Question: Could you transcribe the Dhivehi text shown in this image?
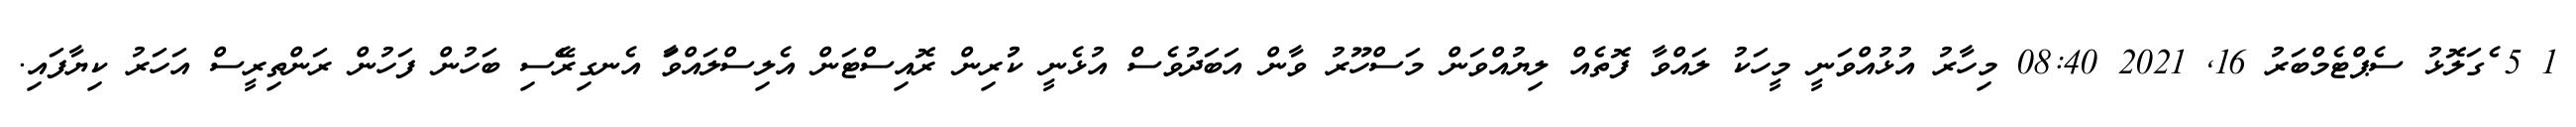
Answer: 1 5 ެގަލޮޅު ސެޕްޓެމްބަރު 16, 2021 08:40 މިހާރު އުޅުއްވަނީ މީހަކު ލައްވާ ފޮތެއް ލިޔުއްވަން މަސްހޫރު ވާން އަބަދުވެސް އުޅެނީ ކުުރިން ރޮއިސްޓަން އެލިސްލައްވަާ އެނގިރެޭސި ބަހުން ފަހުން ރަންތިރީސް އަހަރު ކިޔާފައި.